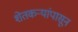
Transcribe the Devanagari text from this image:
शेतकऱ्यांपासून